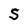
Character: S